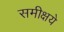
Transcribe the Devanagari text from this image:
समीक्षये